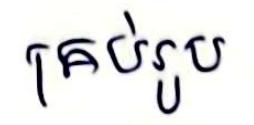
គ្រប់រូប